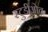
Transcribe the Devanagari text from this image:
स्टुडीओत